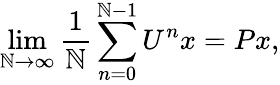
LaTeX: \operatorname*{lim}_{\mathbb{N}\to\infty}{\frac{{1}}{{\mathbb{N}}}}\sum_{n=0}^{\mathbb{N}-1}U^{n}x=Px,